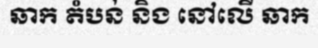
ឆាក តំបន់ និង នៅលើ ឆាក